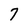
Character: 7